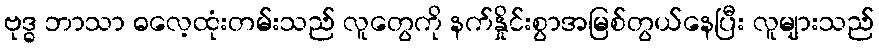
ဗုဒ္ဓ ဘာသာ ဓလေ့ထုံးတမ်းသည် လူတွေကို နက်နှိုင်းစွာအမြစ်တွယ်နေပြီး လူများသည်